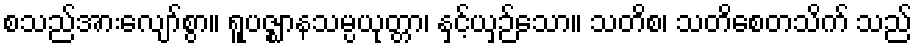
စသည်အားလျော်စွာ။ ရူပဇ္ဈာနသမ္ပယုတ္တာ၊ နှင့်ယှဉ်သော။ သတိစ၊ သတိစေတသိက် သည်